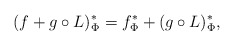
\begin{align*} (f+g\circ L)_\Phi^* = f_\Phi^* + (g\circ L)_\Phi^*,\end{align*}